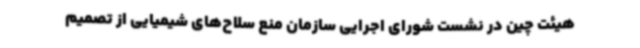
هیئت چین در نشست شورای اجرایی سازمان منع سلاح‌های شیمیایی از تصمیم